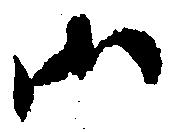
御